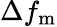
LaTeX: \Delta f_{\mathrm{m}}